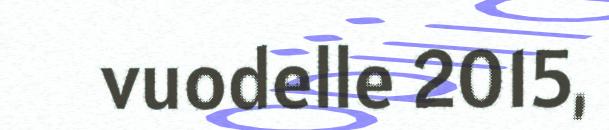
vuodelle 2015,